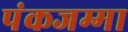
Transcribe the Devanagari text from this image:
पंकजम्मा